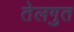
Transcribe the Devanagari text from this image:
तेलगुत